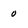
Character: 0